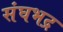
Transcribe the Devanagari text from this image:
संघभद्र